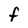
Character: F